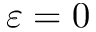
\varepsilon = 0